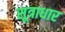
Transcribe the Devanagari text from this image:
सूत्राधार